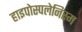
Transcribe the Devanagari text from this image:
हाइपोस्पलेनिस्म